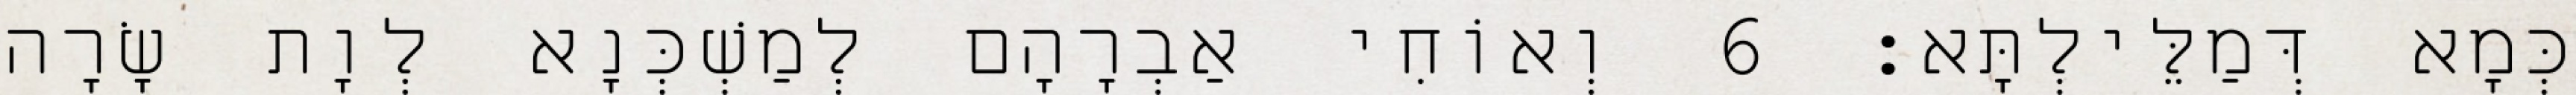
כְּמָא דְּמַלֵּילְתָּא׃ 6 וְאוֹחִי אַבְרָהָם לְמַשְׁכְּנָא לְוָת שָׂרָה